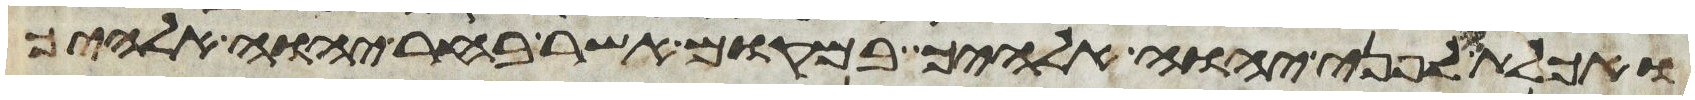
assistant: ואכלתו לפני יהוה אלהיך במקום אשר בחר יהוה אלהיך